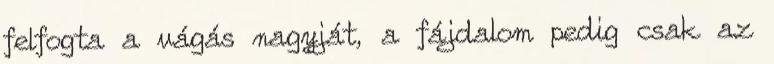
felfogta a vágás nagyját, a fájdalom pedig csak az